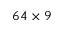
6 4 \times 9